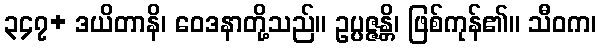
၃၄၇+ ဒယိတာနိ၊ ဝေဒနာတို့သည်။ ဥပ္ပဇ္ဇန္တိ၊ ဖြစ်ကုန်၏။ သီဝက၊